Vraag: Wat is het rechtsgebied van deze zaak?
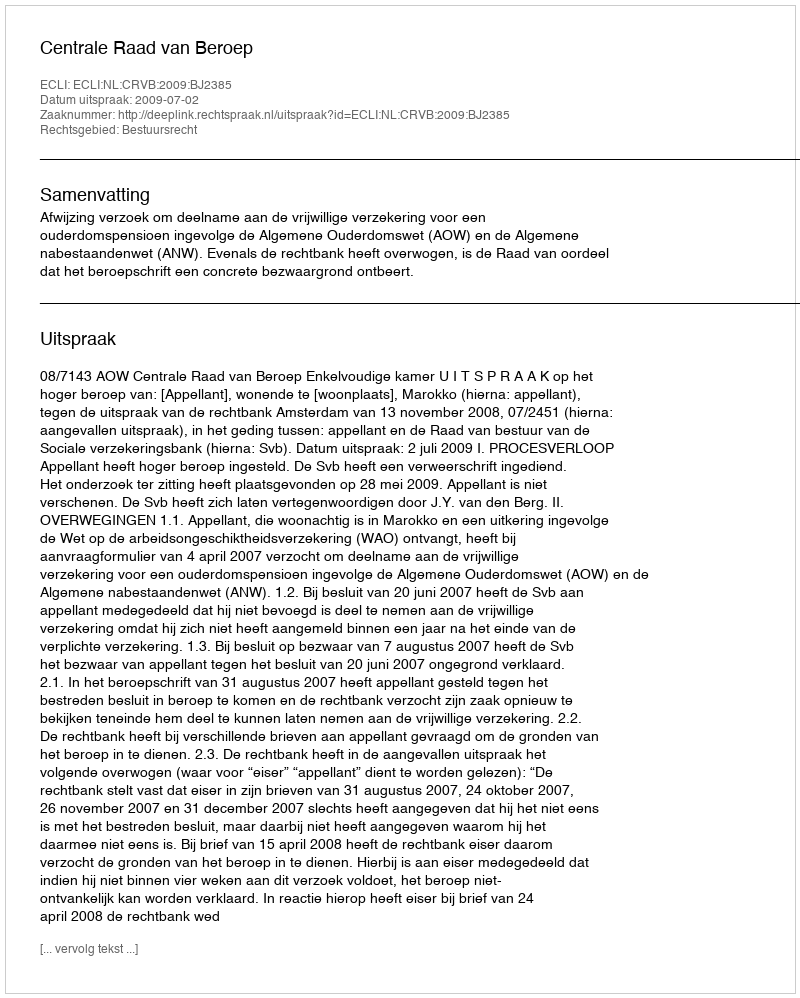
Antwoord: Bestuursrecht